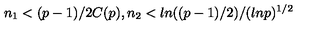
n _ { 1 } < ( p - 1 ) / 2 C ( p ) , n _ { 2 } < l n ( ( p - 1 ) / 2 ) / ( l n p ) ^ { 1 / 2 }